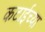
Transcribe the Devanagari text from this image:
कटाईच्या